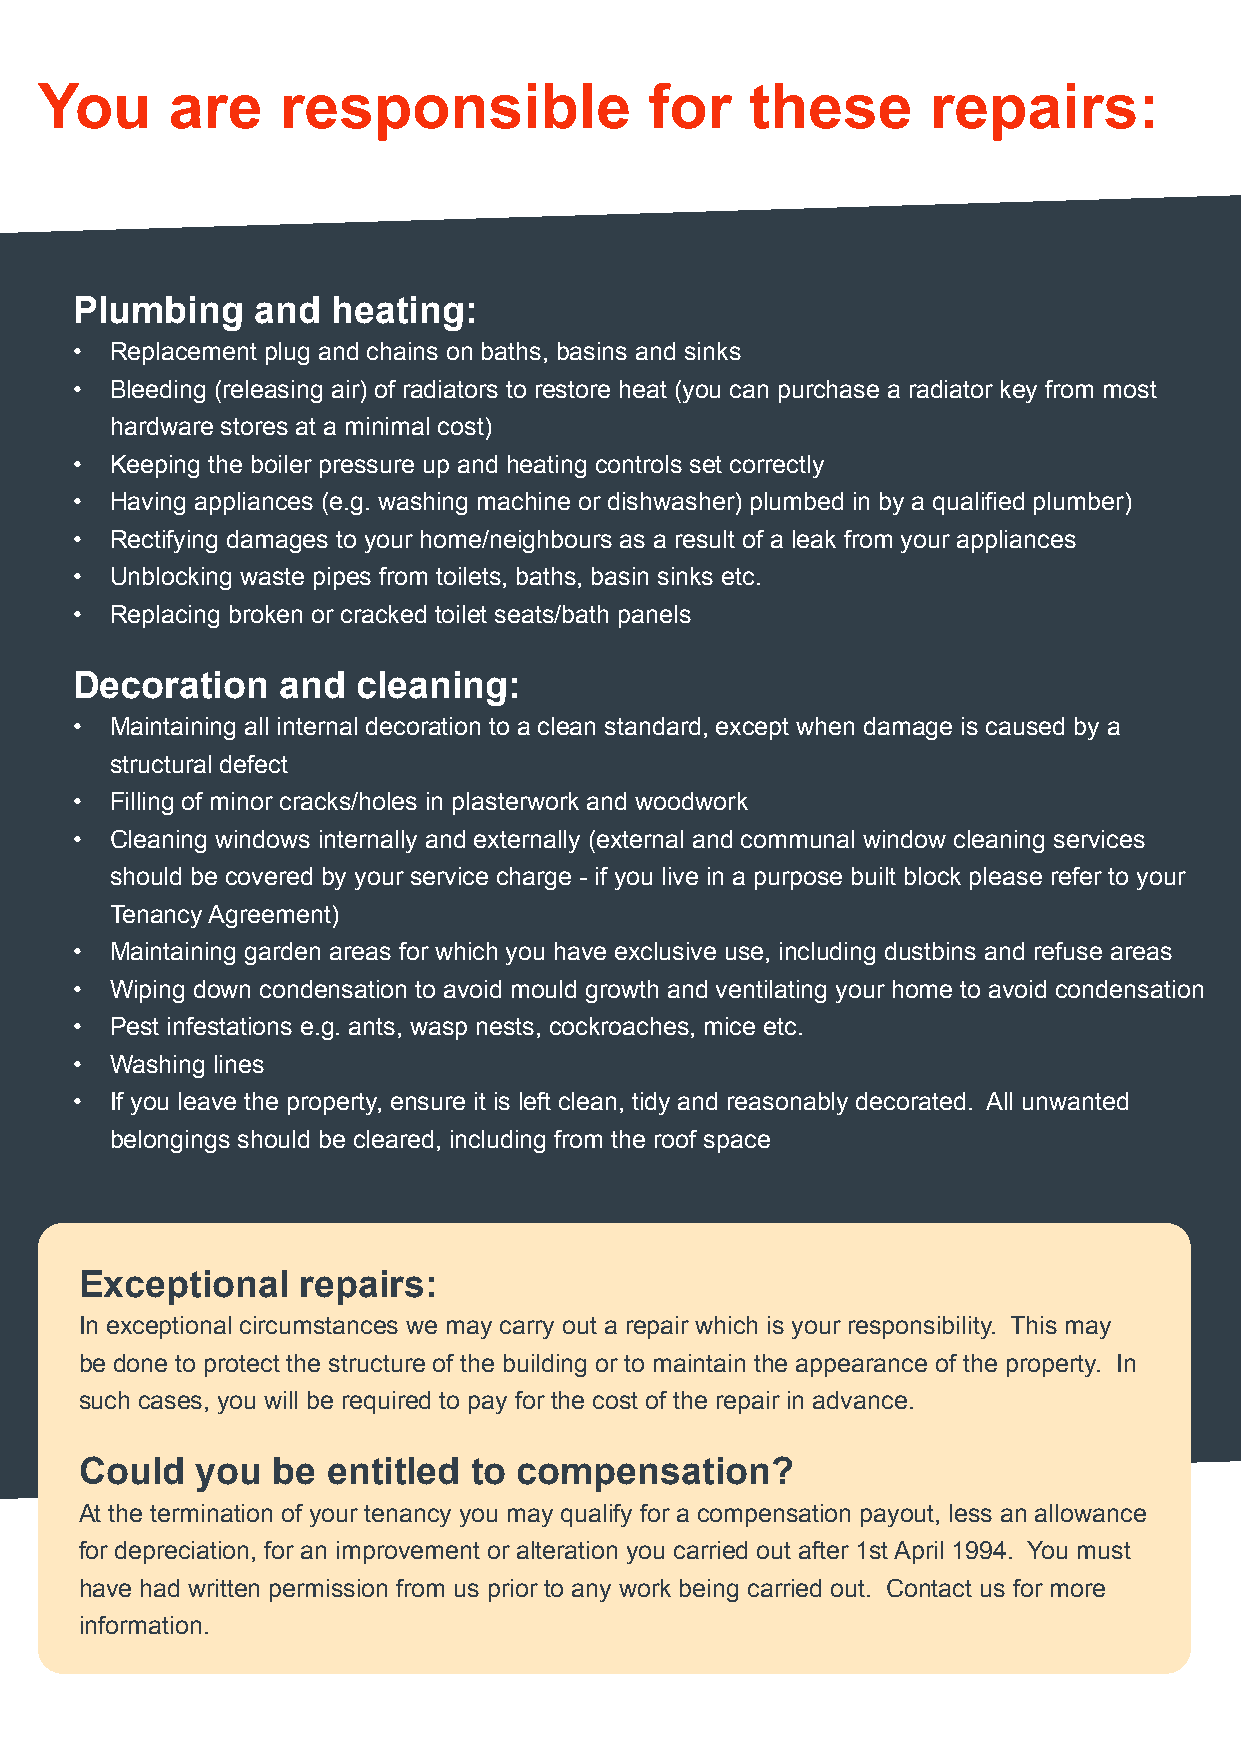
You     are     responsible             for    these       repairs:
 You are responsible for these repairs:
 Plumbing    and  heating:
 • Replacement plug and chains on baths, basins and sinks
 • Bleeding (releasing air) of radiators to restore heat (you can purchase a radiator key from most
 hardware stores at a minimal cost)
 • Keeping the boiler pressure up and heating controls set correctly
 • Having appliances (e.g. washing machine or dishwasher) plumbed in by a qualified plumber)
 • Rectifying damages to your home/neighbours as a result of a leak from your appliances
 • Unblocking waste pipes from toilets, baths, basin sinks etc.
 • Replacing broken or cracked toilet seats/bath panels
 Decoration   and   cleaning:
 • Maintaining all internal decoration to a clean standard, except when damage is caused by a
 structural defect
 • Filling of minor cracks/holes in plasterwork and woodwork
 • Cleaning windows internally and externally (external and communal window cleaning services
 should be covered by your service charge - if you live in a purpose built block please refer to your
 Tenancy Agreement)
 • Maintaining garden areas for which you have exclusive use, including dustbins and refuse areas
 • Wiping down condensation to avoid mould growth and ventilating your home to avoid condensation
 • Pest infestations e.g. ants, wasp nests, cockroaches, mice etc.
 • Washing lines
 • If you leave the property, ensure it is left clean, tidy and reasonably decorated. All unwanted
 belongings should be cleared, including from the roof space
 Exceptional    repairs:
 In exceptional circumstances we may carry out a repair which is your responsibility. This may
 be done to protect the structure of the building or to maintain the appearance of the property. In
 such cases, you will be required to pay for the cost of the repair in advance.
 Could   you  be  entitled to compensation?
 At the termination of your tenancy you may qualify for a compensation payout, less an allowance
 for depreciation, for an improvement or alteration you carried out after 1st April 1994. You must
 have had written permission from us prior to any work being carried out. Contact us for more
 information.